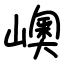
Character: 㠗